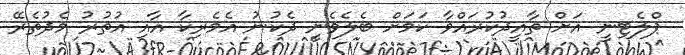
ޕްލެޓިނީ އަށް ތާއީދުކުރައްވާ ކަމަށް ބެލެވެނީ ދެކުނު އެމެރިކާ އާއި އުތުރު މެދުތެރޭ